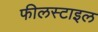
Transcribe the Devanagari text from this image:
फीलस्टाइल